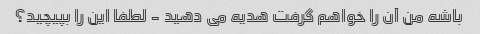
باشه من آن را خواهم گرفت هدیه می دهید - لطفا این را بپیچید؟